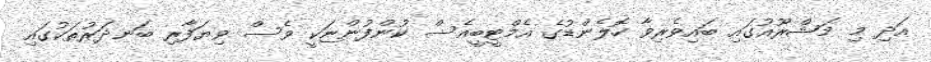
އަދި މި މަޝްރޫއުގައި ބައިވެރިވާ ހޮލެންޑުގެ އެމްޓީބީއެސް ކުންފުންޏަކީ ވެސް ވިޔަފާރި ބަނދަރުތަކުގައި